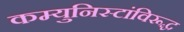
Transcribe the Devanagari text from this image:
कम्युनिस्टांविरूद्ध